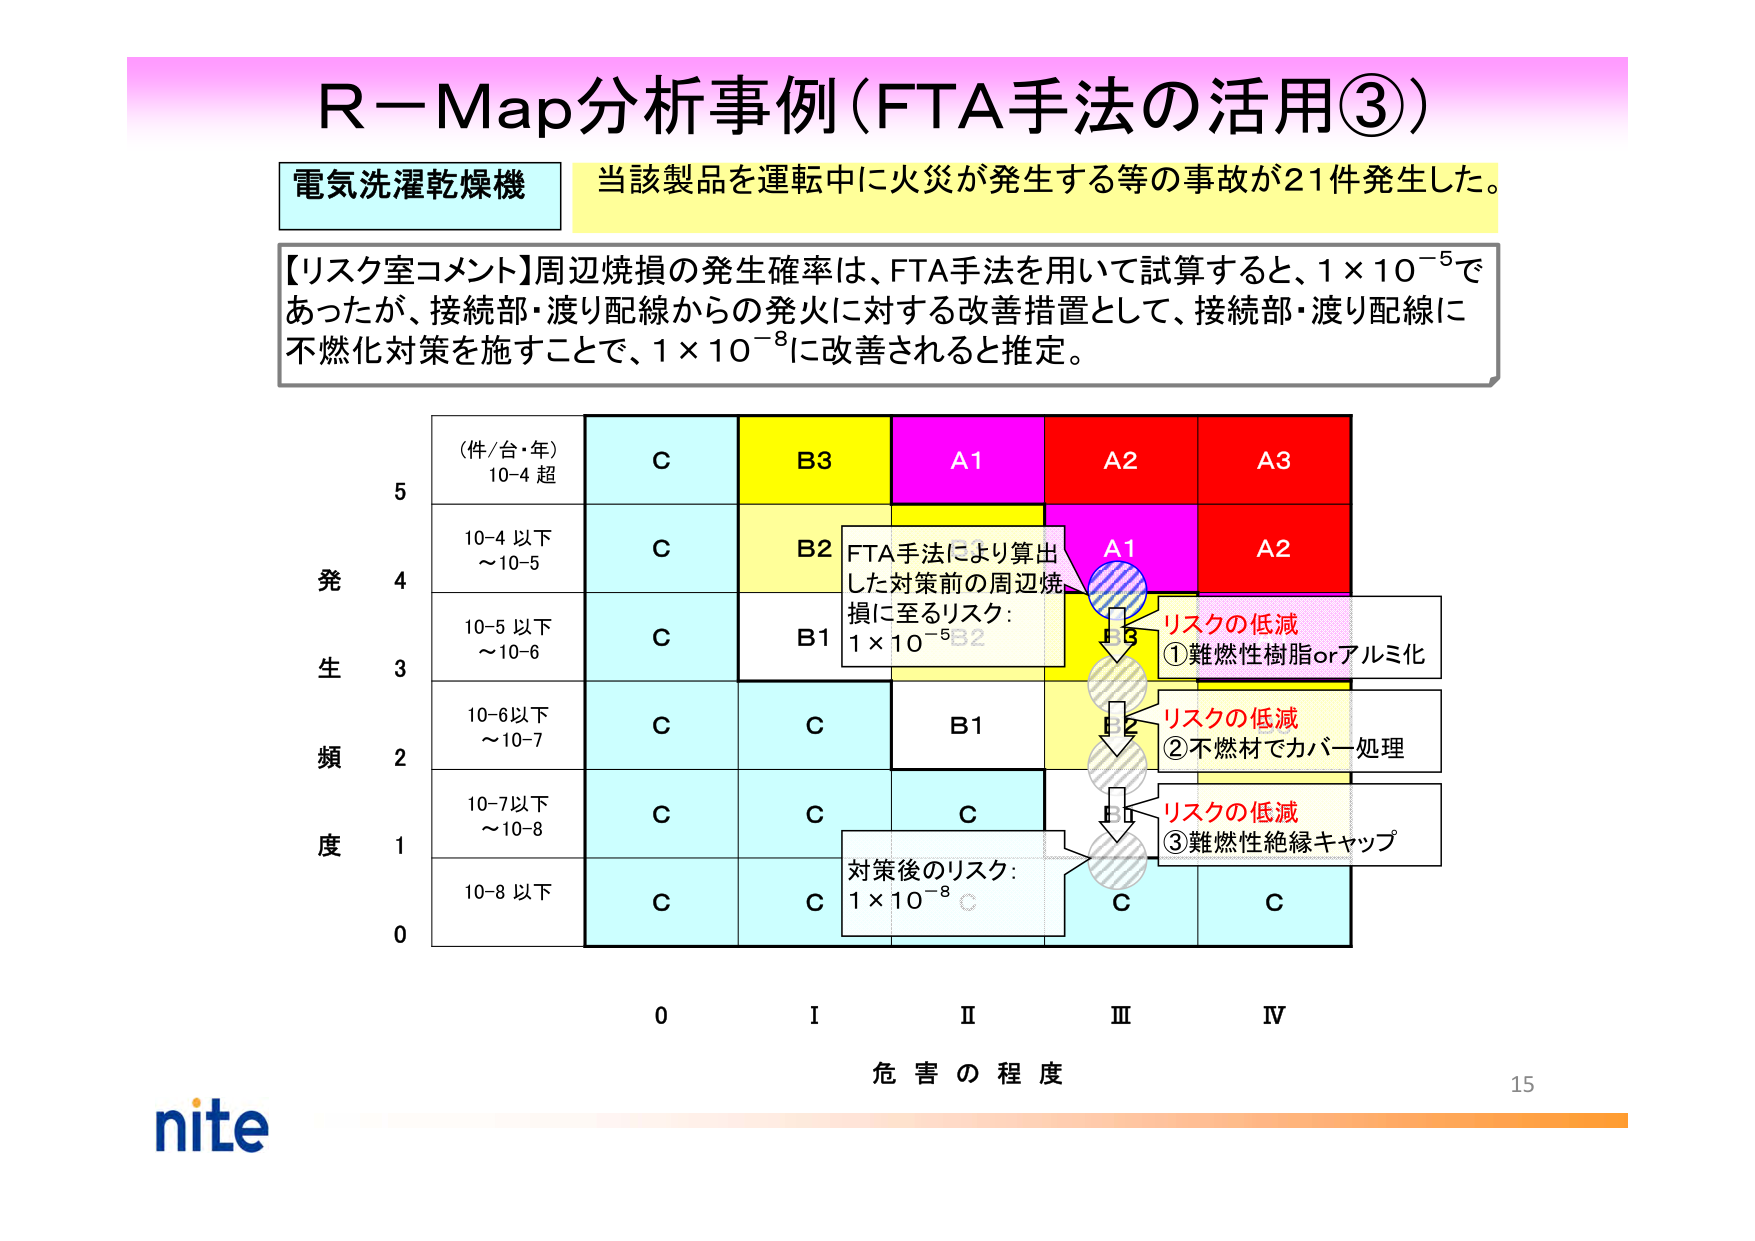
R－Map分析事例（FTA手法の活用③）

電気洗濯乾燥機　当該製品を運転中に火災が発生する等の事故が21件発生した。

【リスク室コメント】周辺焼損の発生確率は、FTA手法を用いて試算すると、1×10⁻⁵であったが、接続部・渡り配線からの発火に対する改善措置として、接続部・渡り配線に不燃化対策を施すことで、1×10⁻⁸に改善されると推定。

（件/台・年）
10⁻⁴ 超
C
B3
A1
A2
A3

10⁻⁴ 以下
～10⁻⁵
C
B2
A1
A2

10⁻⁵ 以下
～10⁻⁶
C
B1

10⁻⁶以下
～10⁻⁷
C
C
B1

10⁻⁷以下
～10⁻⁸
C
C
C

10⁻⁸ 以下
C
C
C

発生頻度
5
4
3
2
1
0

0
I
II
III
IV
危害の程度

FTA手法により算出した対策前の周辺焼損に至るリスク：
1×10⁻⁵

対策後のリスク：
1×10⁻⁸

リスクの低減
①難燃性樹脂orアルミ化

リスクの低減
②不燃材でカバー処理

リスクの低減
③難燃性絶縁キャップ

nite
15